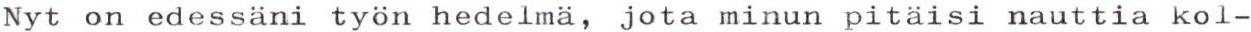
Nyt on edessäni työn hedelmä, jota minun pitäisi nauttia kol-